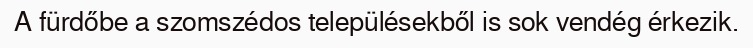
A fürdőbe a szomszédos településekből is sok vendég érkezik.